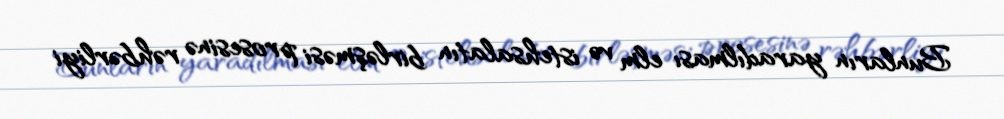
Bunların yaradılması elm və istehsalatın birləşməsi prosesinə rəhbərliyi